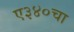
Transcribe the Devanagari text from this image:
ए३४०चा